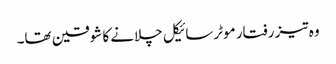
وہ تیز رفتار موٹرسائیکل چلانے کا شوقین تھا۔